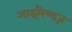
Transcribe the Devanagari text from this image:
आइलैण्ड्ज़